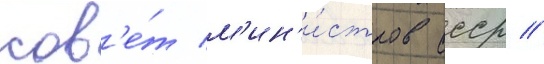
сов'е́т м'ин'и́стров ссср //